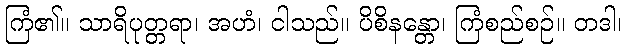
ကြံ၏။ သာရိပုတ္တရာ၊ အဟံ၊ ငါသည်။ ပိစိနန္တော၊ ကြံစည်စဉ်။ တဒါ၊